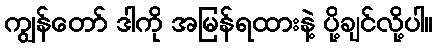
ကျွန်တော် ဒါကို အမြန်ရထားနဲ့ ပို့ချင်လို့ပါ။